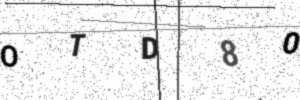
Text: OTD80